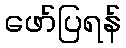
ဖော်ပြရန်